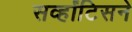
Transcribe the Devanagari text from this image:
सर्व्हांटिसने